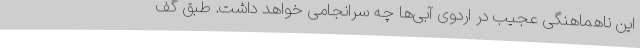
این ناهماهنگی عجیب در اردوی آبی‌ها چه سرانجامی خواهد داشت. طبق گف